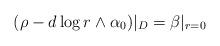
LaTeX: \begin{align*}(\rho - d\log r \wedge \alpha_{0})|_{D} = \beta|_{r=0}\end{align*}